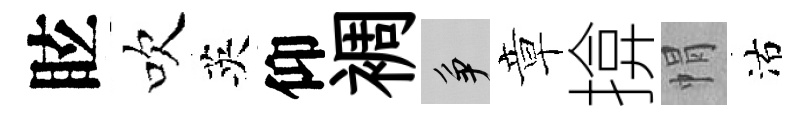
眩吹英仰裯争章揜㡌沽